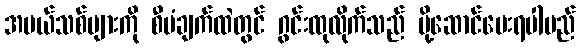
အမယ်သစ်များကို စီမံချက်ထဲတွင် ဂွင်းထုလိုက်သည် ပို့ဆောင်ပေးရပါမည်